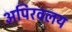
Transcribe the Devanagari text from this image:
अपिरवलय